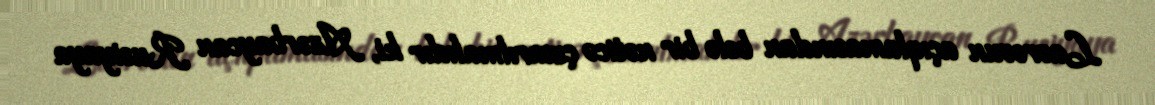
Lavrovun açıqlamasından belə bir nəticə çıxarılmalıdır ki, Azərbaycan Rusiyaya